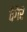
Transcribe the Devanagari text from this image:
वैगैरे